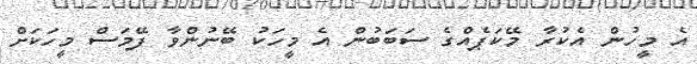
އެ މީހުން އެކުރާ މޭކަޕެއްގެ ސަބަބުން އެ މީހަކު ބޭނުންވާ ފޭމަސް މީހަކަށް